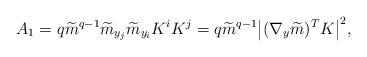
LaTeX: \begin{align*} A_1=q\widetilde{m}^{q-1}\widetilde{m}_{y_j}\widetilde{m}_{y_i}K^iK^j=q\widetilde{m}^{q-1}\big| (\nabla_y\widetilde{m} )^TK \big|^2, \end{align*}